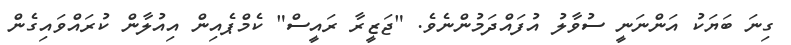
ގިނަ ބަޔަކު އަންނަނީ ސުވާލު އުފައްދަމުންނެވެ. "ޖަޒީރާ ރައީސް" ކެމްޕެއިން އިއުލާން ކުރައްވައިގެން